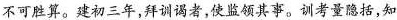
不可胜算。建初三年，拜训谒者，使监领其事。训考量隐括，知